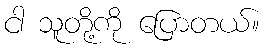
ငါ သူတို့ကို ပြောတယ်။